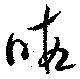
暇